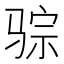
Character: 骔